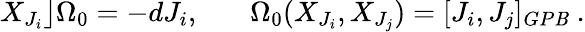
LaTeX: X_{J_{i}}\rfloor\Omega_{0}=-dJ_{i},~~~~~~~\Omega_{0}(X_{J_{i}},X_{J_{j}})=[J_{i},J_{j}]_{GP\mathit{B}}~.